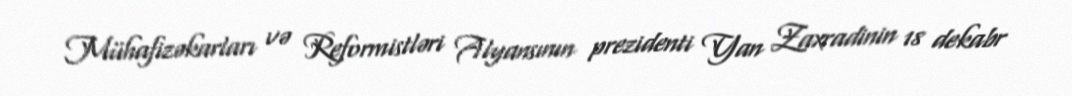
Mühafizəkarları və Reformistləri Alyansının prezidenti Yan Zaxradinin 18 dekabr